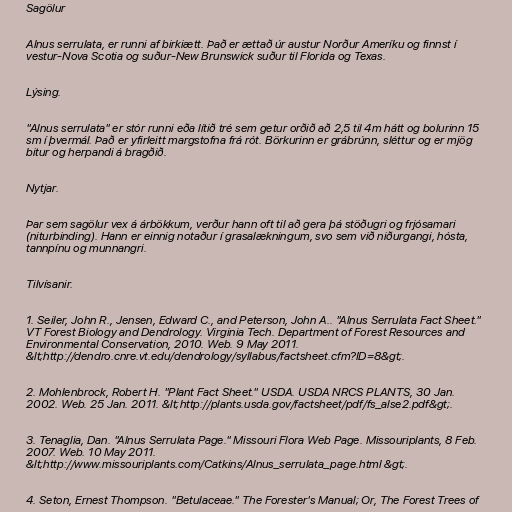
Sagölur

Alnus serrulata, er runni af birkiætt. Það er ættað úr austur Norður Ameríku og finnst í
vestur-Nova Scotia og suður-New Brunswick suður til Florida og Texas.

Lýsing.

"Alnus serrulata" er stór runni eða lítið tré sem getur orðið að 2,5 til 4m hátt og bolurinn 15
sm í þvermál. Það er yfirleitt margstofna frá rót. Börkurinn er grábrúnn, sléttur og er mjög
bitur og herpandi á bragðið.

Nytjar.

Þar sem sagölur vex á árbökkum, verður hann oft til að gera þá stöðugri og frjósamari
(niturbinding). Hann er einnig notaður í grasalækningum, svo sem við niðurgangi, hósta,
tannpínu og munnangri.

Tilvísanir.

1. Seiler, John R., Jensen, Edward C., and Peterson, John A.. "Alnus Serrulata Fact Sheet."
VT Forest Biology and Dendrology. Virginia Tech. Department of Forest Resources and
Environmental Conservation, 2010. Web. 9 May 2011.
&lt;http://dendro.cnre.vt.edu/dendrology/syllabus/factsheet.cfm?ID=8&gt;.

2. Mohlenbrock, Robert H. "Plant Fact Sheet." USDA. USDA NRCS PLANTS, 30 Jan.
2002. Web. 25 Jan. 2011. &lt;http://plants.usda.gov/factsheet/pdf/fs_alse2.pdf&gt;.

3. Tenaglia, Dan. "Alnus Serrulata Page." Missouri Flora Web Page. Missouriplants, 8 Feb.
2007. Web. 10 May 2011.
&lt;http://www.missouriplants.com/Catkins/Alnus_serrulata_page.html &gt;.

4. Seton, Ernest Thompson. "Betulaceae." The Forester's Manual; Or, The Forest Trees of